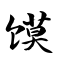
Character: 馍